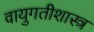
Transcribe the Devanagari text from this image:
वायुगतीशास्त्र